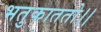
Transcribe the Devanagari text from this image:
भतुकाततो।।